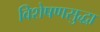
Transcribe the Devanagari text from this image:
विशेषणसुद्धा